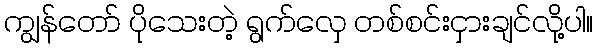
ကျွန်တော် ပိုသေးတဲ့ ရွက်လှေ တစ်စင်းငှားချင်လို့ပါ။